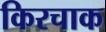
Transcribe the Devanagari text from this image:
किरचाक